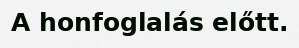
A honfoglalás előtt.